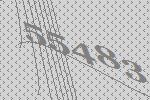
55483